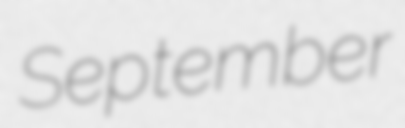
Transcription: September